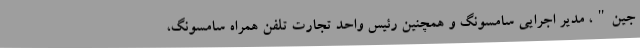
جین"، مدیر اجرایی سامسونگ و همچنین رئیس واحد تجارت تلفن همراه سامسونگ،